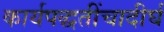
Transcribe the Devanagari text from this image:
कार्यपद्धतींचादीर्घ